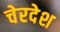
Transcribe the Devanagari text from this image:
चेरदेश